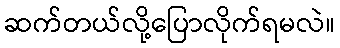
ဆက်တယ်လို့ပြောလိုက်ရမလဲ။